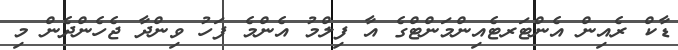
ޑާކް ރެއިން އެންޓަރޓެއިންމަންޓްގެ އާ ފިލްމު އެންމެ ފަހު ވިންދާ ޖެހެންދެން މި